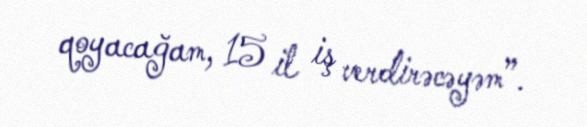
qoyacağam, 15 il iş verdirəcəyəm”.